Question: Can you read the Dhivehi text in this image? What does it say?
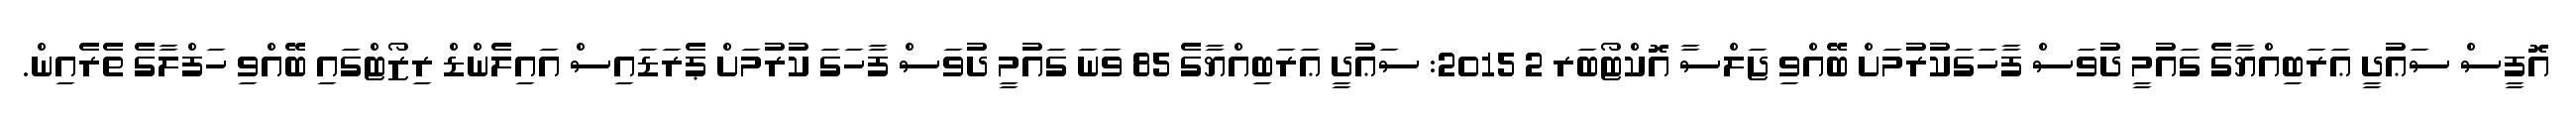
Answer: އޮފީސް ސަޢުދީ ޢަރަބިއްޔާގެ ގައުމީ ދުވަސް ފާހަގަކުރުމަށް ބޭއްވި ޖަލްސާ އޮކްޓޯބަރ 2 2015: ސަޢުދީ ޢަރަބިއްޔާގެ 85 ވަނަ ގައުމީ ދުވަސް ފާހަގަ ކުރުމަށް ޕެރަޑައިސް އައިލެންޑް ރިޒޯޓްގައި ބޭއްވި ހަފްލާގެ ތެރެއިން.